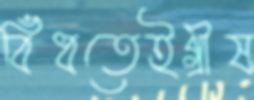
বিঁধতেইগ্রীষ